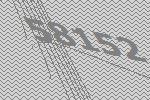
58152